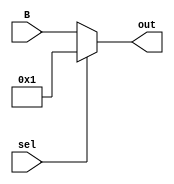
`timescale 1ns / 1ps
//////////////////////////////////////////////////////////////////////////////////
// Company: 
// Engineer: 
// 
// Design Name: 
// Module Name: mux2
// Project Name: 
// Target Devices: 
// Tool Versions: 
// Description: 
// 
// Dependencies: 
// 
// Revision:
// Revision 0.01 - File Created
// Additional Comments:
// 
//////////////////////////////////////////////////////////////////////////////////


module mux23(input sel, input[31:0]B, output reg [31:0]out);
always@(sel,B)
begin
if(sel==1'b1)
    out=1;
    else 
    out=B;
end 
endmodule